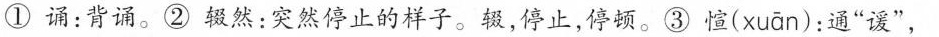
①诵：背诵。②辍然：突然停止的样子。辍，停止，停顿。③惶( xuān )：通”谖”，